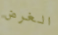
الغرض